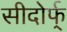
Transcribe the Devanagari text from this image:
सीदोर्फ्